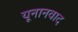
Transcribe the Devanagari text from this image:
यूनानवाद